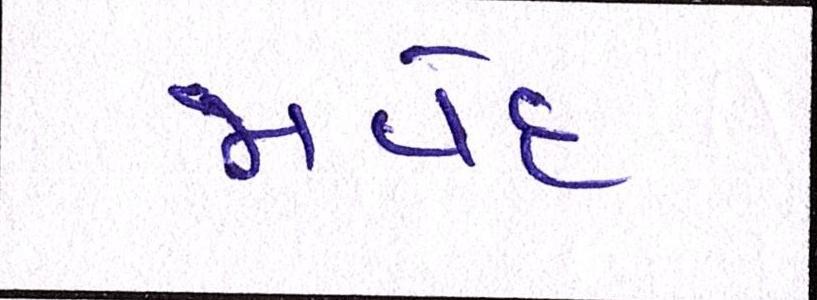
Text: જાવેદ